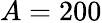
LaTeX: A=200